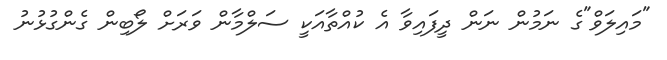
"މައިލަވް"ގެ ނަމުން ނަން ދީފައިވާ އެ ކުއްތާއަކީ ސަލްމާން ވަަރަށް ލޯބިން ގެންގުޅުނު